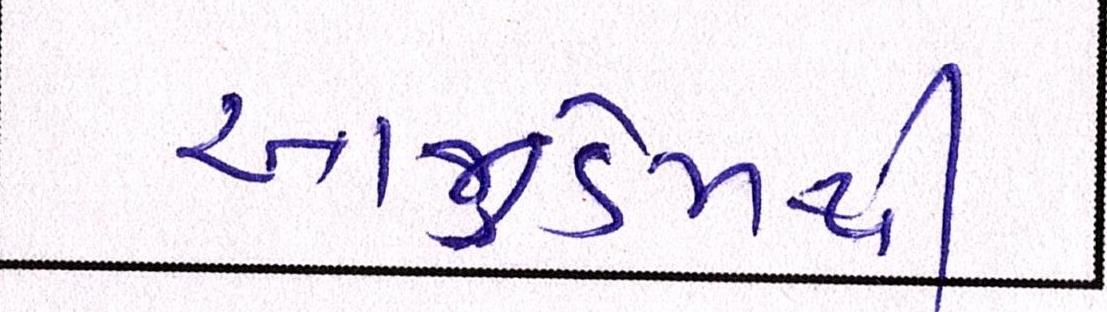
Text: આજીડેમથી